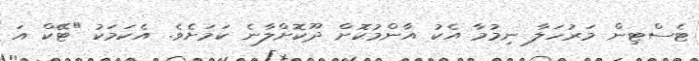
ޓެސްޓިން މަރުހަލާ ނިމުމާ އެކު އާންމުކޮށް ދޫކޮށްލާނެ ކަމަށެވެ. އެކަމަކު "ޓޭކް އަ